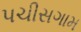
પચીસગામ